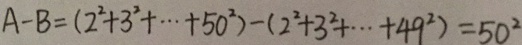
A - B = ( 2 ^ { 2 } + 3 ^ { 2 } + \cdots 5 0 ^ { 2 } ) - ( 2 ^ { 2 } + 3 ^ { 2 } + \cdots 4 9 ^ { 2 } ) = 5 0 ^ { 2 }